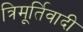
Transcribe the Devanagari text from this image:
त्रिमूर्तिवादी